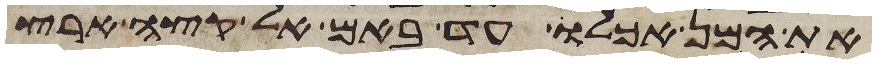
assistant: את המן אכלו עד באם אל קצה ארץ